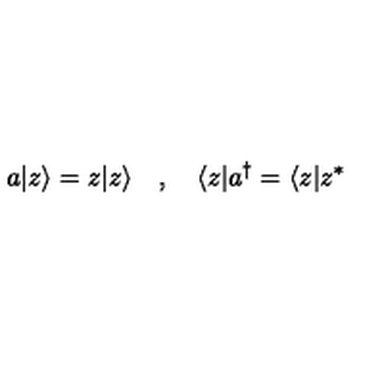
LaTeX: a | z \rangle = z | z \rangle \quad , \quad \langle z | a ^ { \dagger } = \langle z | z ^ { * }